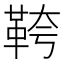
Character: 𩊓